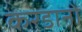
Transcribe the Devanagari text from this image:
करडानो